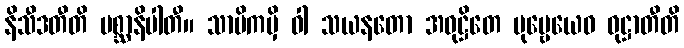
နိသီဒတီတိ ပစ္ဆာနိပါတီ။ သာမိကမှိ ဝါ သယနတော အဝုဋ္ဌိတေ ပုဗ္ဗေယေဝ ဝုဋ္ဌာတီတိ